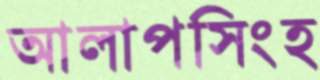
আলাপসিংহ